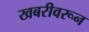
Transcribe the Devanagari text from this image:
खबरीवरून